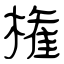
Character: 権